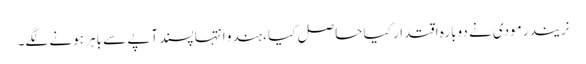
نریندر مودی نے دوبارہ اقتدار کیا حاصل کیا ،ہندو انتہا پسند آپے سے باہر ہونے لگے۔